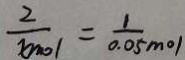
\frac { 2 } { x _ { m 0 1 } } = \frac { 1 } { 0 . 0 5 m o 1 }